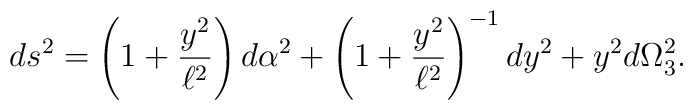
ds^2 = \left(1+\frac{y^2}{\ell^2}\right) d\alpha^2 +\left(1+\frac{y^2}{\ell^2}\right)^{-1} dy^2 + y^2 d\Omega_3^2.